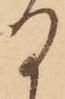
る